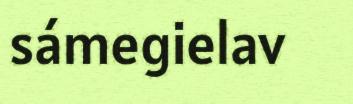
sámegielav